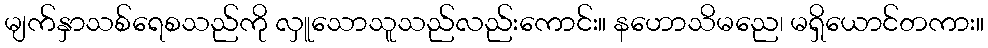
မျက်နှာသစ်ရေစသည်ကို လှူသောသူသည်လည်းကောင်း။ နဟောသိမညေ၊ မရှိယောင်တကား။